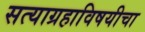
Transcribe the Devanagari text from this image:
सत्याग्रहाविषयीचा